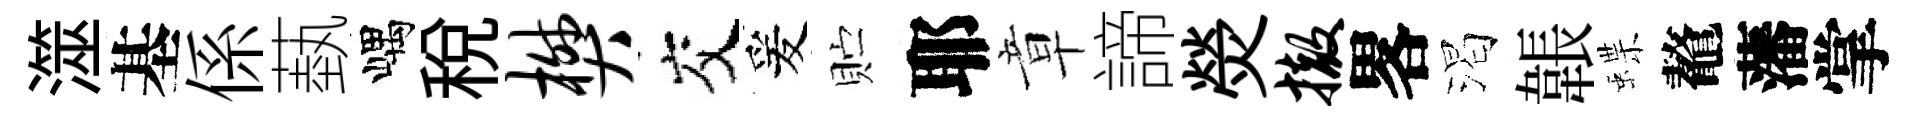
澨基係蓺嵎税樊交爰贮耶章諦熒撤畧渴韔蝶鼇藩掌